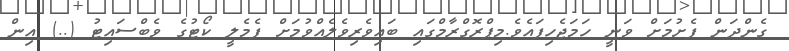
ގެންދަން ފެށުމަށް ވަނީ ހަމަޖެހިފައެވެ.މިޕްރޮގްރާމްގައި ބައިވެރިވެލެއްވުމަށް ފެމެލީ ކޯޓުގެ ވެބްސައިޓު (..) އިން